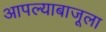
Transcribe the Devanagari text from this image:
आपल्याबाजूला